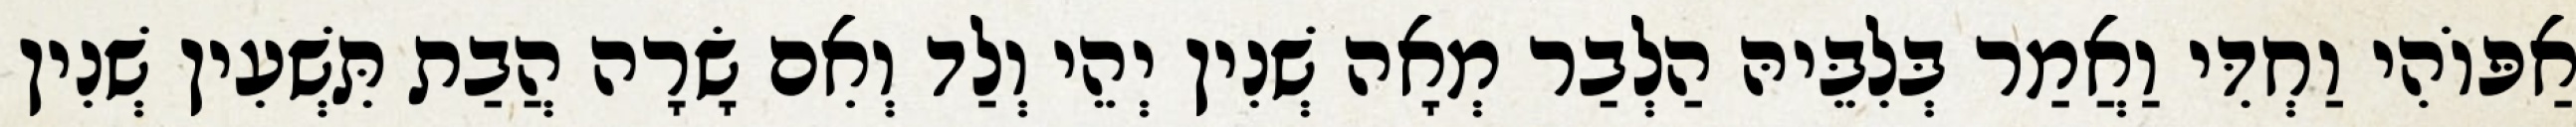
אַפּוֹהִי וַחְדִּי וַאֲמַר בְּלִבֵּיהּ הַלְבַר מְאָה שְׁנִין יְהֵי וְלַד וְאִם שָׂרָה הֲבַת תִּשְׁעִין שְׁנִין